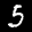
Label: 5